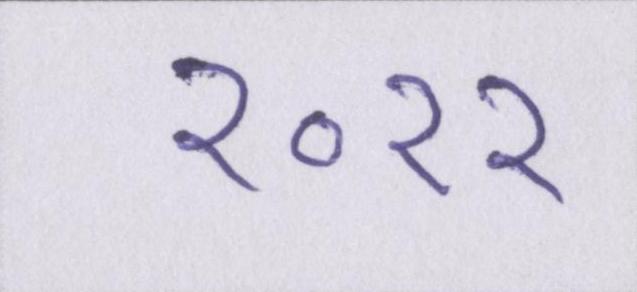
२०११